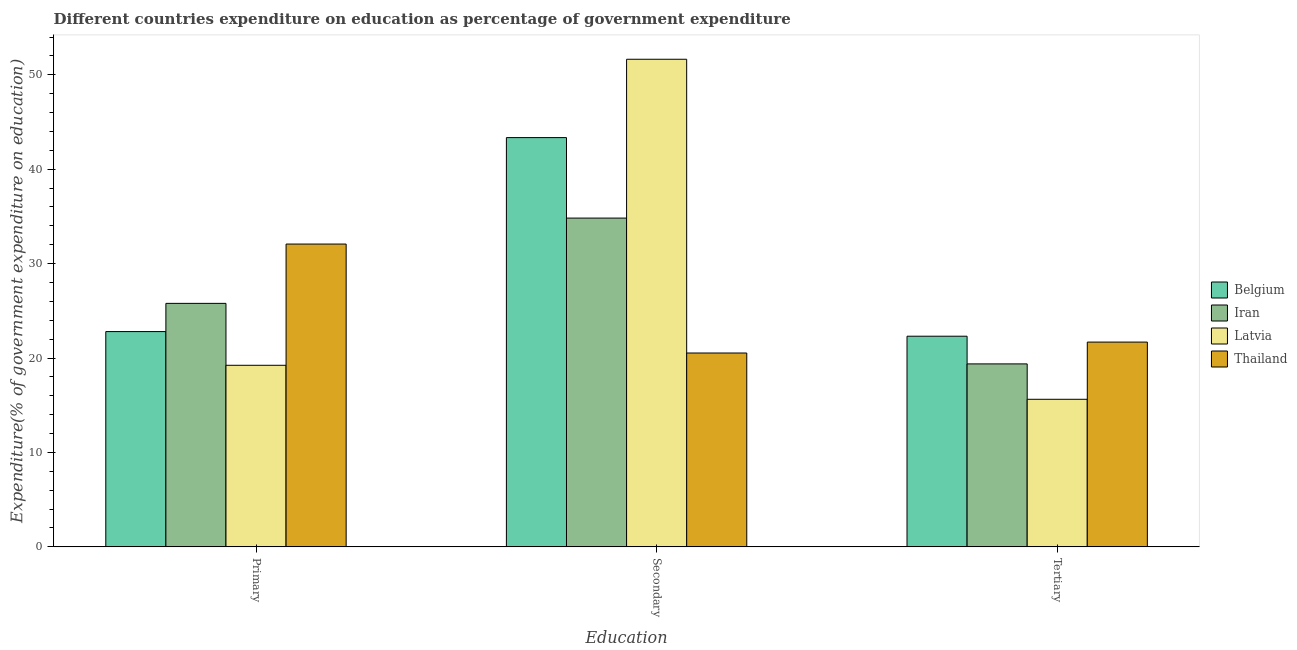
| Education | Belgium | Iran | Latvia | Thailand |
 | --- | --- | --- | --- | --- |
 | Primary | 22.8 | 25.8 | 19.2 | 32.1 |
 | Secondary | 43.3 | 34.8 | 51.6 | 20.5 |
 | Tertiary | 22.3 | 19.4 | 15.6 | 21.7 |